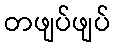
တဖျပ်ဖျပ်